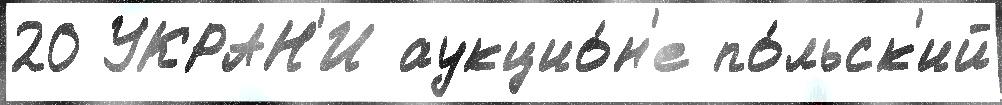
20 УКРАН'И аукцио́н'е по́льск'ий